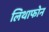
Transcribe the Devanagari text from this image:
लिथाफोन